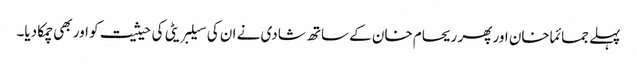
پہلے جمائما خان اور پھر ریحام خان کے ساتھ شادی نے ان کی سیلبریٹی کی حیثیت کو اور بھی چمکا دیا۔